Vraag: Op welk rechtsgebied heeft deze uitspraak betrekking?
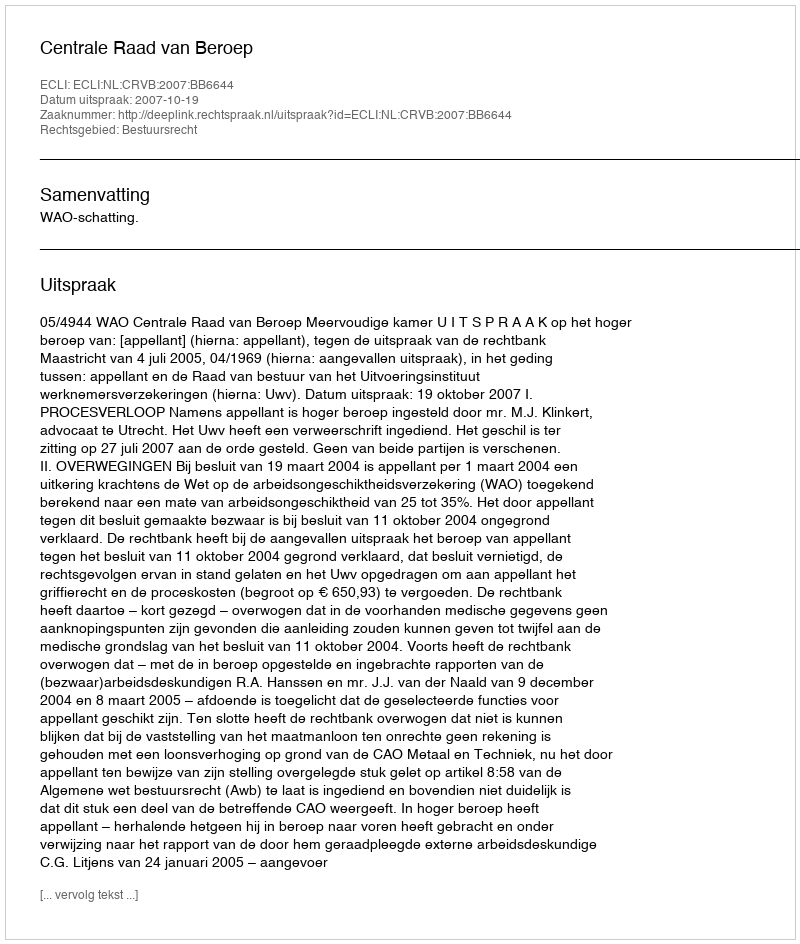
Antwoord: Bestuursrecht